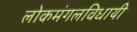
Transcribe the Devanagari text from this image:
लोकमंगलविधायी